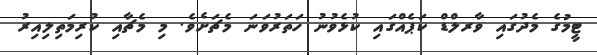
ޓީމުގެ މެދުގައި ވާރލްޑް ކަޕެއްގައި ކުޅެވުނު ހަތަރުވަނަ މެޗަށެވެ. މި މެޗާއި ކުރިމަތިލިއިރު